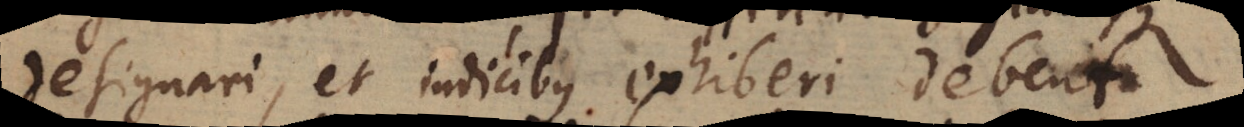
designari, et indicibus exhiberi debent